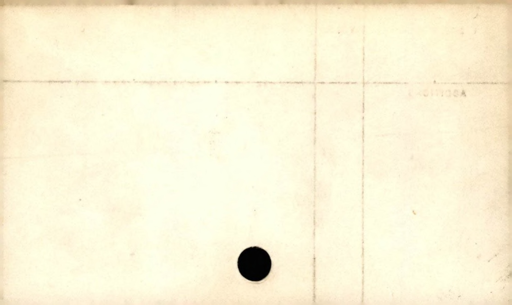
Label: blank